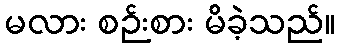
မလား စဉ်းစား မိခဲ့သည်။